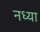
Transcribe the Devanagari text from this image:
नध्या